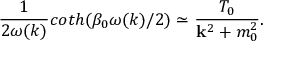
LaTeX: \frac { 1 } { 2 \omega ( k ) } c o t h ( \beta _ { 0 } \omega ( k ) / 2 ) \simeq \frac { T _ { 0 } } { { \bf k } ^ { 2 } + m _ { 0 } ^ { 2 } } .